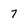
Character: 7